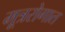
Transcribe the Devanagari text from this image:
मूत्ररोगात